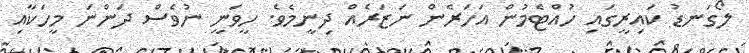
ލޯގަނޑު ކައިރީގައި ހުއްޓެމުން އަހަރެން ނަޒަރެއް ދިނީމެވެ. ހީވަނީ ނުވެސް ދަންނަ މީހަކާއި